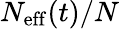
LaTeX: N_{\mathrm{eff}}(t)/N